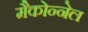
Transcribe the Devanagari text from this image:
मैकोन्नेल